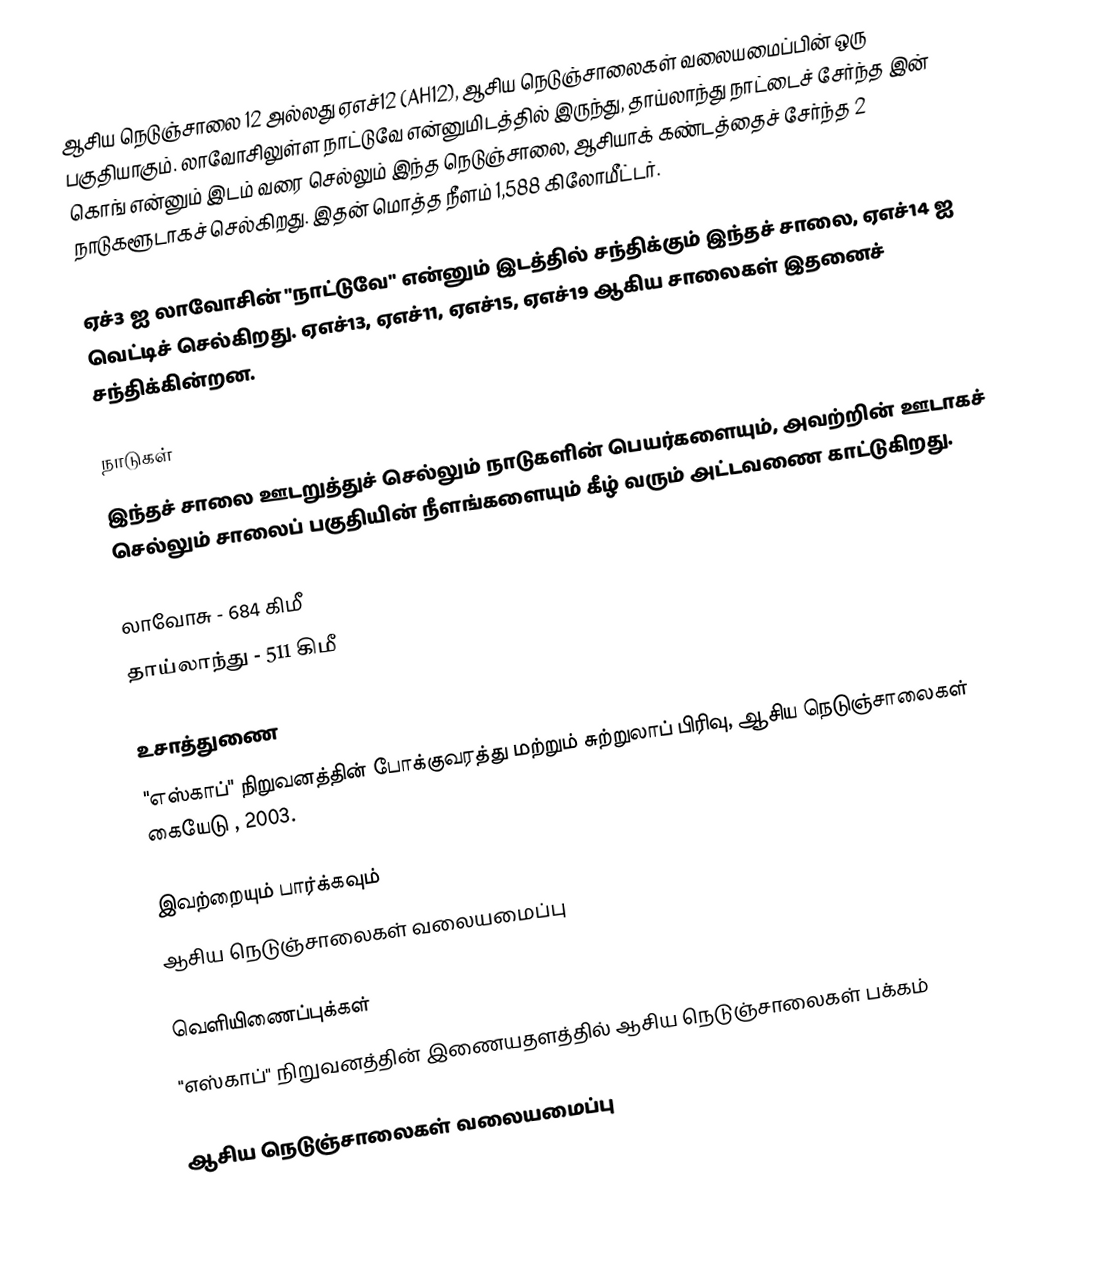
ஆசிய நெடுஞ்சாலை 12 அல்லது ஏஎச்12 (AH12), ஆசிய நெடுஞ்சாலைகள் வலையமைப்பின் ஒரு பகுதியாகும். லாவோசிலுள்ள நாட்டுவே என்னுமிடத்தில் இருந்து, தாய்லாந்து நாட்டைச் சேர்ந்த இன் கொங் என்னும் இடம் வரை செல்லும் இந்த நெடுஞ்சாலை, ஆசியாக் கண்டத்தைச் சேர்ந்த 2 நாடுகளூடாகச் செல்கிறது. இதன் மொத்த நீளம் 1,588 கிலோமீட்டர்.

ஏச்3 ஐ லாவோசின் "நாட்டுவே" என்னும் இடத்தில் சந்திக்கும் இந்தச் சாலை, ஏஎச்14 ஐ வெட்டிச் செல்கிறது. ஏஎச்13, ஏஎச்11, ஏஎச்15, ஏஎச்19 ஆகிய சாலைகள் இதனைச் சந்திக்கின்றன.

நாடுகள்
இந்தச் சாலை ஊடறுத்துச் செல்லும் நாடுகளின் பெயர்களையும், அவற்றின் ஊடாகச் செல்லும் சாலைப் பகுதியின் நீளங்களையும் கீழ் வரும் அட்டவணை காட்டுகிறது.

 லாவோசு - 684 கிமீ
 தாய்லாந்து - 511 கிமீ

உசாத்துணை
 "எஸ்காப்" நிறுவனத்தின் போக்குவரத்து மற்றும் சுற்றுலாப் பிரிவு, ஆசிய நெடுஞ்சாலைகள் கையேடு , 2003.

இவற்றையும் பார்க்கவும்
 ஆசிய நெடுஞ்சாலைகள் வலையமைப்பு

வெளியிணைப்புக்கள்
 "எஸ்காப்" நிறுவனத்தின் இணையதளத்தில் ஆசிய நெடுஞ்சாலைகள் பக்கம்

 ஆசிய நெடுஞ்சாலைகள் வலையமைப்பு